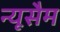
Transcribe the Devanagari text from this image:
न्यूसैम